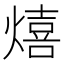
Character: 熺